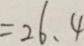
= 2 6 . 4